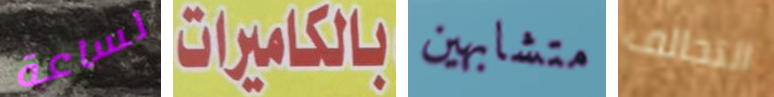
لساعة بالكاميرات متشابهين التحالف